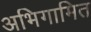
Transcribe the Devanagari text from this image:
अभिगामित